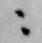
ニ